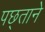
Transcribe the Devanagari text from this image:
पछ्ताने